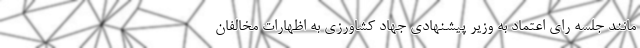
مانند جلسه رای اعتماد به وزیر پیشنهادی جهاد کشاورزی به اظهارات مخالفان